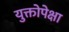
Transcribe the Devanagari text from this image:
युक्तोपेक्षा